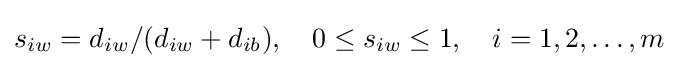
s_{iw}=d_{iw}/(d_{iw}+d_{ib}),\quad 0\leq s_{iw}\leq 1,\quad i=1,2,\ldots ,m